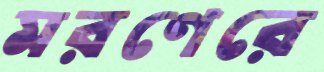
মরণেরে